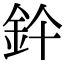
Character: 𨥞